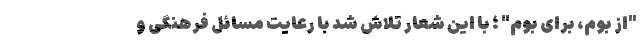
"از بوم، برای بوم" ؛ با این شعار تلاش شد با رعایت مسائل فرهنگی و